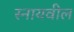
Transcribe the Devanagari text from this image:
स्नायवील